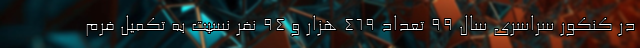
در کنکور سراسری سال ۹۹ تعداد ۴۶۹ هزار و ۹۴ نفر نسبت به تکمیل فرم